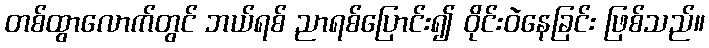
တစ်ထွာလောက်တွင် ဘယ်ရစ် ညာရစ်ပြောင်း၍ ဝိုင်းဝဲနေခြင်း ဖြစ်သည်။